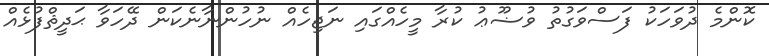
ކޮންމެ ދުވަހަކު ފަސްވަގުތު ވުޟޫޢު ކުރާ މީހެއްގައި ނަޖިހެއް ނުހުންނާނެކަން ދޭހަވާ ޙަދީޘްފުޅެއް